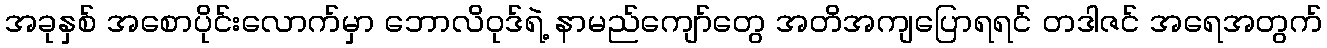
အခုနှစ် အစောပိုင်းလောက်မှာ ဘောလိဝုဒ်ရဲ့ နာမည်ကျော်တွေ အတိအကျပြောရရင် တဒါဇင် အရေအတွက်